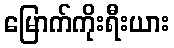
မြောက်ကိုးရီးယား